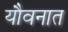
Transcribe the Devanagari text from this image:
यौवनात